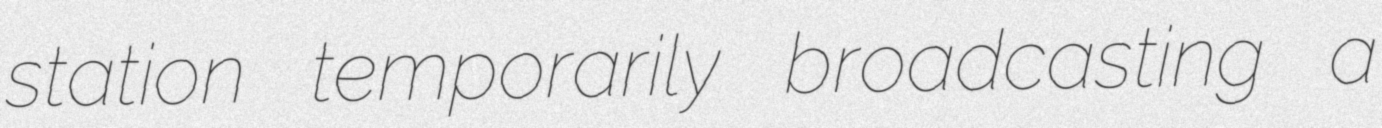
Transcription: station temporarily broadcasting a